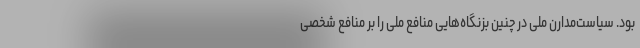
بود. سیاست‌مدارن ملی در چنین بزنگاه‌هایی منافع ملی را بر منافع شخصی